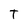
Character: T